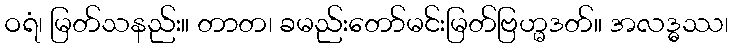
ဝရံ၊ မြတ်သနည်း။ တာတ၊ ခမည်းတော်မင်းမြတ်ဗြဟ္မဒတ်။ အလဒ္ဓဿ၊